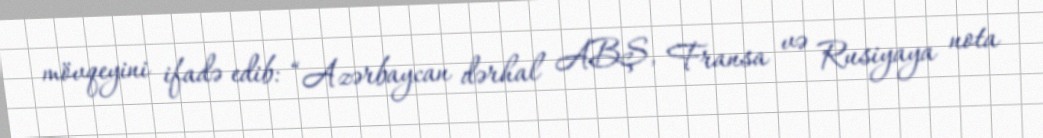
mövqeyini ifadə edib: “Azərbaycan dərhal ABŞ, Fransa və Rusiyaya nota